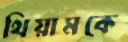
থিয়ামকে